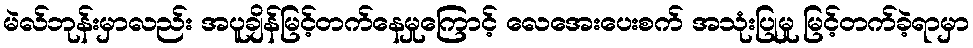
မဲလ်ဘုန်းမှာလည်း အပူချိန်မြင့်တက်နေမှုကြောင့် လေအေးပေးစက် အသုံးပြုမှု မြင့်တက်ခဲ့ရာမှာ